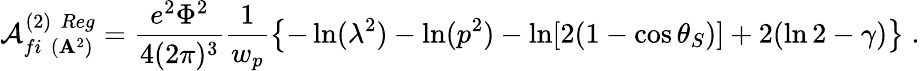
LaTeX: {\cal A}_{fi\, \, ({\mathbf A}^{2})}^{(2)\, \, Reg}=\frac{e^{2}\Phi^{2}}{4(2\pi)^{3}}\frac{1}{w_{p}}\left\{ -\ln(\lambda^{2})-\ln(p^{2})-\ln[2(1-\cos\theta_{S})]+2(\ln 2-\gamma)\right\} \; .